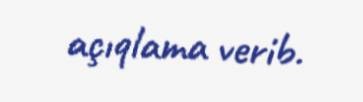
açıqlama verib.